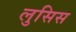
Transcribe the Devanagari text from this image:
लुसिस